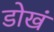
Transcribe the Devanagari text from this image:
डोखं